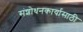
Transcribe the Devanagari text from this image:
संशोधनकार्यासाठी